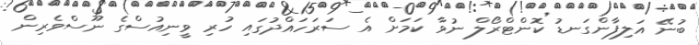
ބުނޭ އަލިފާންގަނޑު ކޮންޓްރޯލް ނުވާ ކަމަށް އެ ސަރަހައްދުގައި ހުރި ވީނިއުސްގެ ނޫސްވެރިން